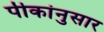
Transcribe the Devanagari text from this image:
पीकांनुसार